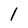
Character: l